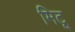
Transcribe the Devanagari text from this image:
मिटू